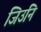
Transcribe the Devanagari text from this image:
जिउनि